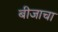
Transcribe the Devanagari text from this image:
बीजाचा